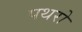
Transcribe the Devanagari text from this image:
पथरो